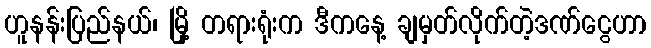
ဟူနန်းပြည်နယ်၊ မြို့ တရားရုံးက ဒီကနေ့ ချမှတ်လိုက်တဲ့ဒဏ်ငွေဟာ